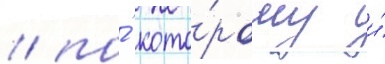
/ по́ кото́рому и́